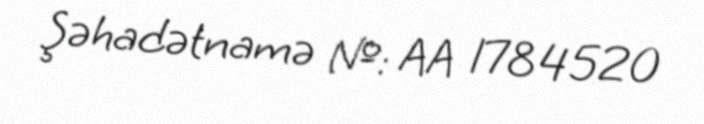
Şəhadətnamə №: AA 1784520